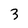
Character: 3